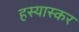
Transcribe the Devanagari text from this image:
हस्यास्कर